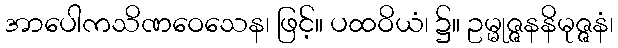
အာပေါကသိဏဝေသေန၊ ဖြင့်။ ပထဝိယံ၊ ၌။ ဥမ္မုဇ္ဇနနိမုဇ္ဇနံ၊